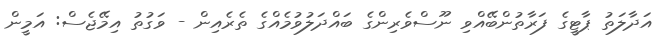
އަދާލަތު ޕާޓީގެ ފަރާތުންބޭއްވި ނޫސްވެރިންގެ ބައްދަލުވުމެއްގެ ތެރެއިން - ވަގުތު އިމޭޖެސް: އަމީން